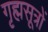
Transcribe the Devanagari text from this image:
गृह्मसूत्रों